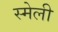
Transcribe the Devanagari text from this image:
स्मेली